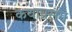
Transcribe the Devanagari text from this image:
कथाप्रसंग